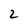
Character: 2